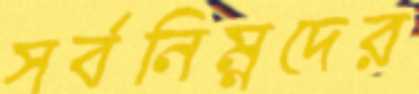
সর্বনিম্নদের